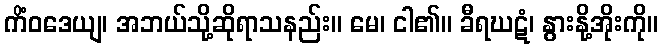
ကိံဝဒေယျ၊ အဘယ်သို့ဆိုရာသနည်း။ မေ၊ ငါ၏။ ခီရဃဋံ၊ နွားနို့အိုးကို။